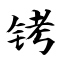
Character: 铐